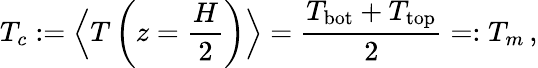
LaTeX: T_{c}:=\Big\langle T\left(z=\frac{H}{2}\right)\Big\rangle=\frac{T_{\mathrm{bot}}+T_{\mathrm{top}}}{2}=:T_{m}\, ,